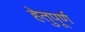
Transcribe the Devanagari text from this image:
हेतुपूर्ण